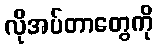
လိုအပ်တာတွေကို